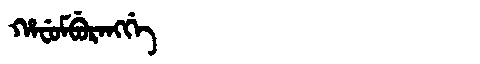
Manchu: ᡥᠠᠸᡠᠮᠪᡠᡵᠠᠩᡤᡝ
Romanization: HAFUMBURANGGE